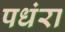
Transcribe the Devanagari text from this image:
पधंरा